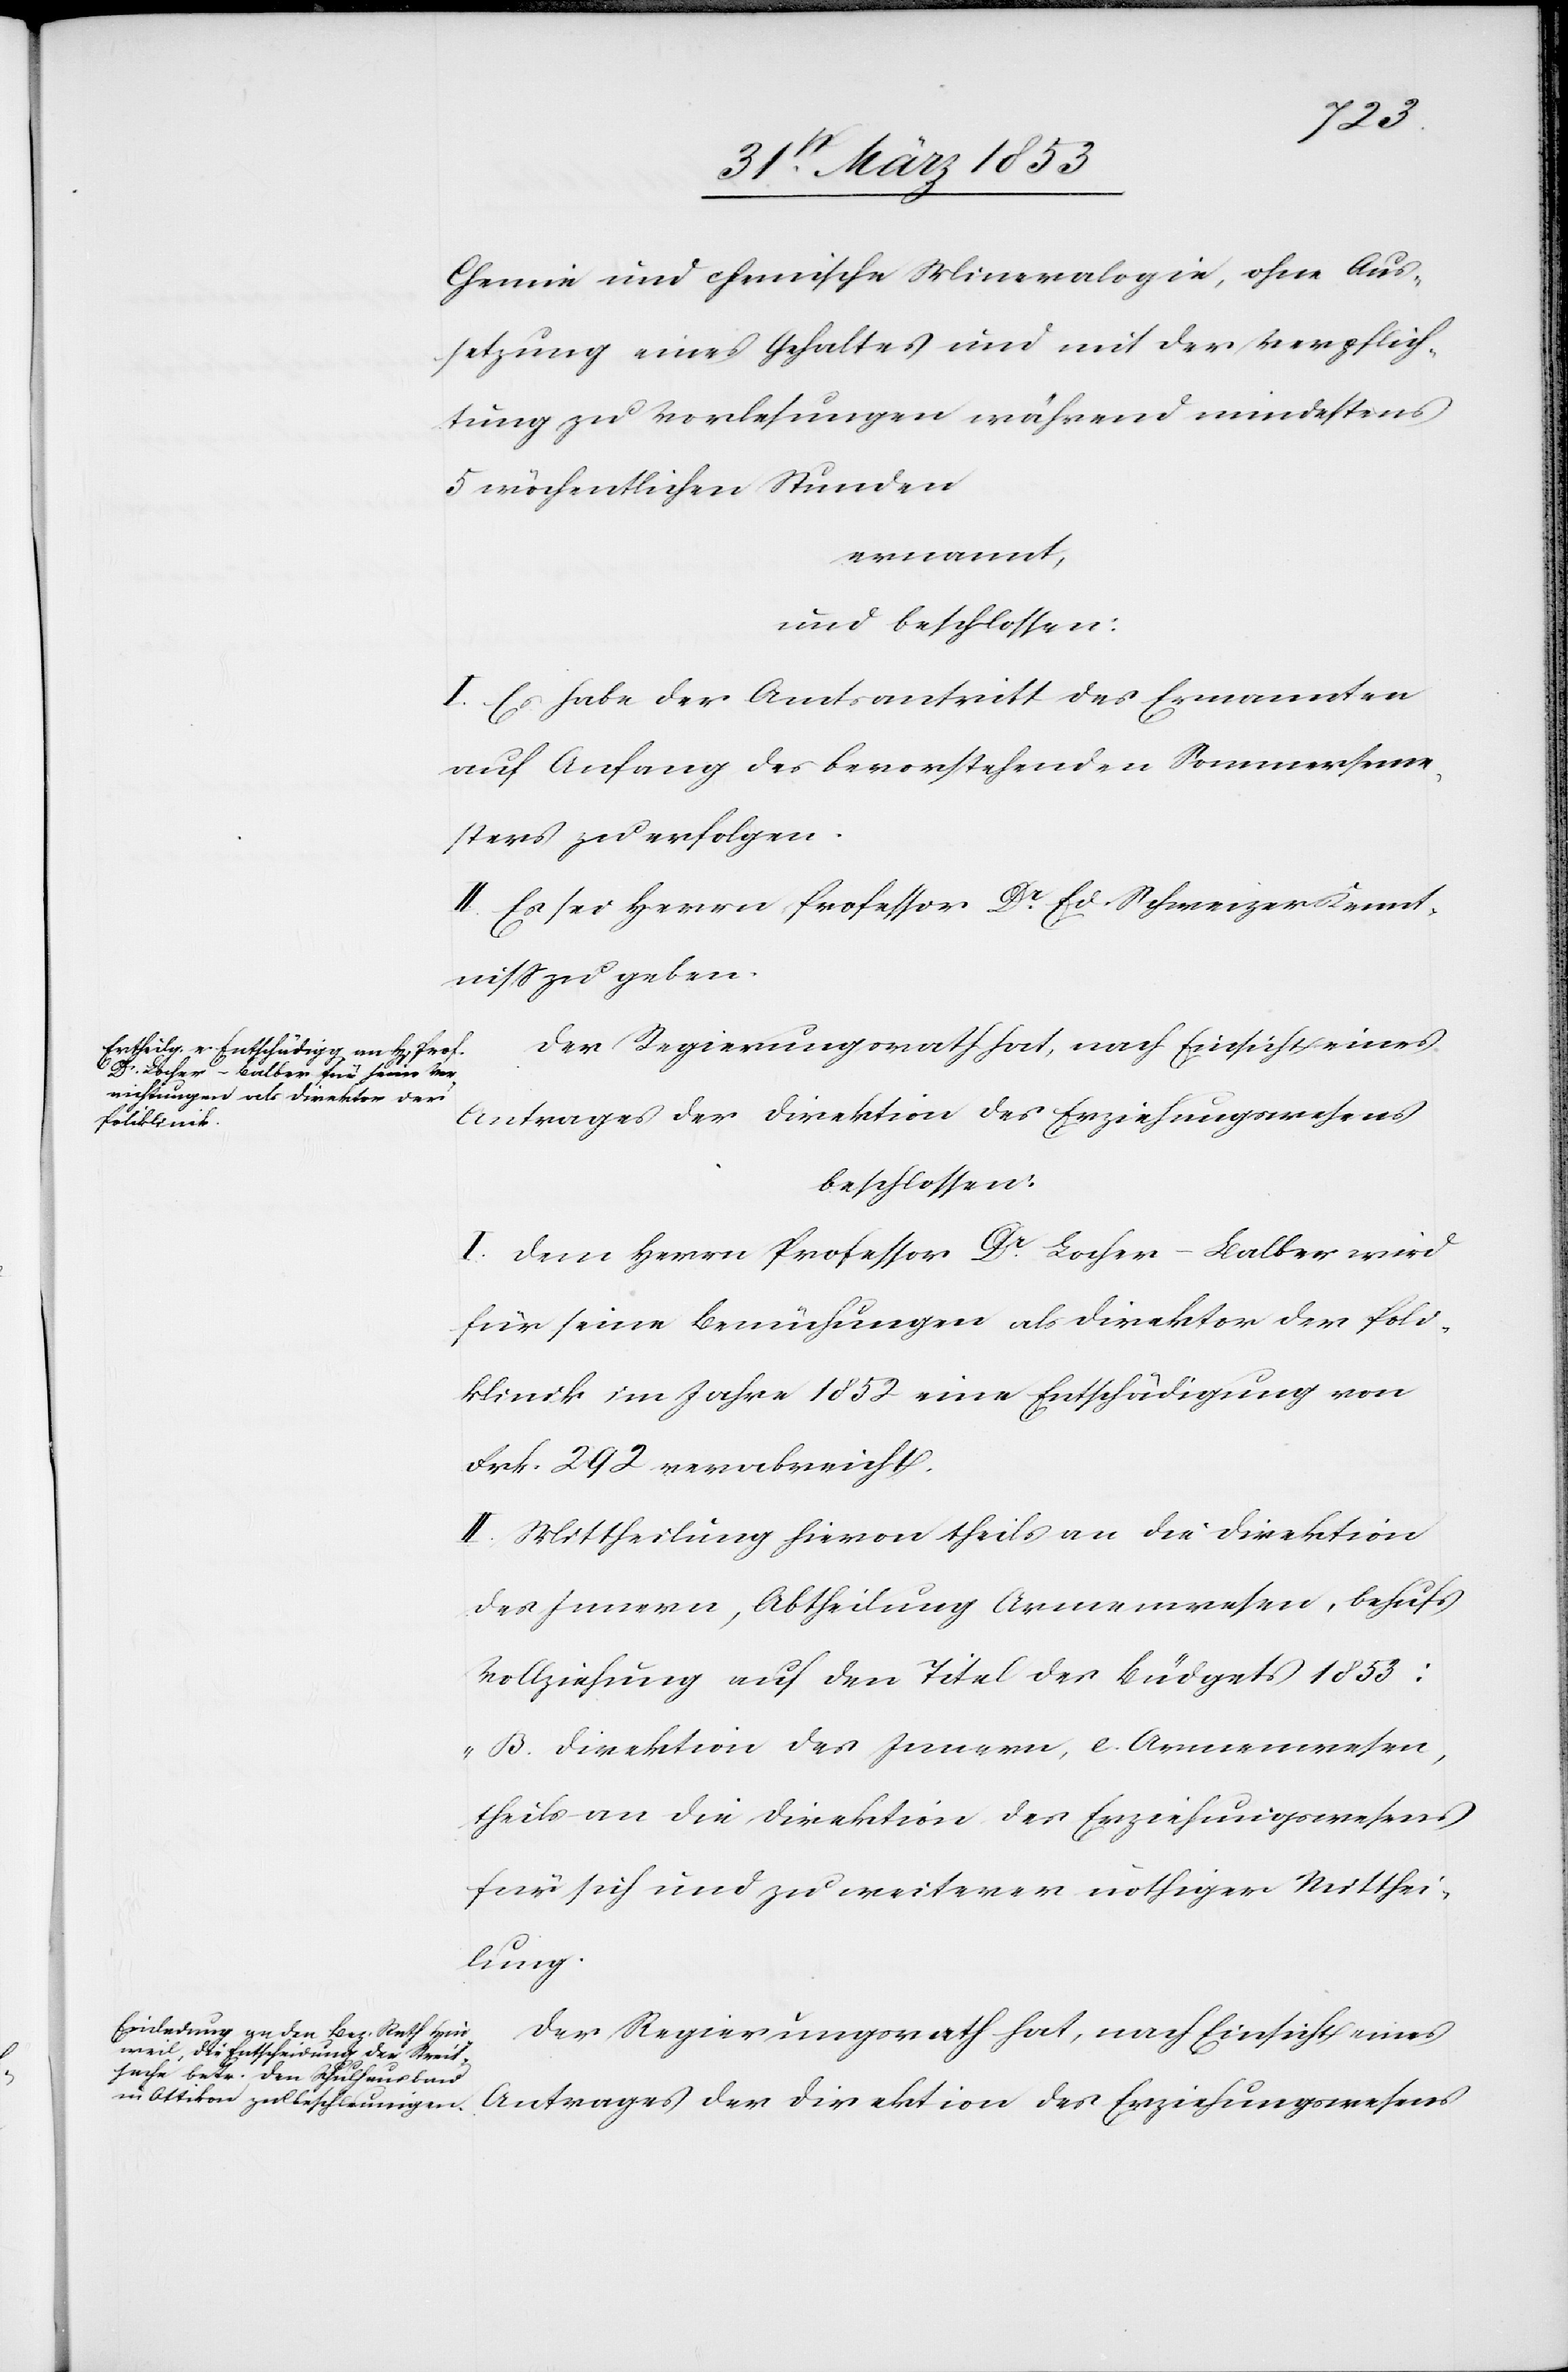
Chemie und chemische Mineralogie, ohne Aus¬
setzung eines Gehaltes und mit der Verpflich¬
tung zu Vorlesungen, während mindestens
5 wöchentlichen Stunden
ernannt,
und beschlossen:
I. Es habe der Amtsantritt des Ernannten
auf Anfang des bevorstehenden Sommerseme¬
sters zu erfolgen.
II. Es sei Herrn Professor Dr. Ed. Schweizer Kennt¬
niß zu geben.
Der Regierungsrath hat, nach Einsicht eines
Antrages der Direktion des Erziehungswesens
beschlossen:
I. Dem Herrn Professor Dr. Locher-Balber wird
für seine Bemühungen als Direktor der Poli¬
klinik im Jahre 1852 eine Entschädigung von
Frk. 292 verabreicht.
II. Mittheilung hievon theils an die Direktion
des Innern, Abtheilung Armenwesen, behufs
Vollziehung auf den Titel des Büdgets 1853:
„B. Direktion des Innern, e. Armenwesen,
theils an die Direktion des Erziehungswesens
für sich und zu weiterer nöthiger Mitthei¬
lung.[“]